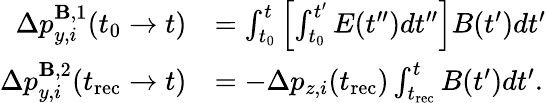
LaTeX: \begin{array}{rl}{\Delta p_{y,i}^{\mathbf{B},1}(t_{0}\to t)}&{=\int_{t_{0}}^{t}\left[\int_{t_{0}}^{t^{\prime}}E(t^{\prime\prime})dt^{\prime\prime}\right]B(t^{\prime})dt^{\prime}}\\ {\Delta p_{y,i}^{\mathbf{B},2}(t_{\mathrm{rec}}\to t)}&{=-\Delta p_{z,i}(t_{\mathrm{rec}})\int_{t_{\mathrm{rec}}}^{t}B(t^{\prime})dt^{\prime}.}\end{array}